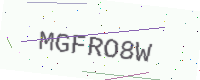
Text: MGFRO8W